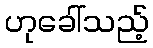
ဟုခေါ်သည့်